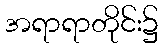
အရာရာတိုင်း၌